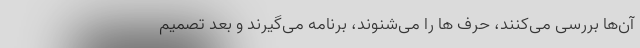
آن‌ها بررسی می‌کنند، حرف ها را می‌شنوند، برنامه می‌گیرند و بعد تصمیم